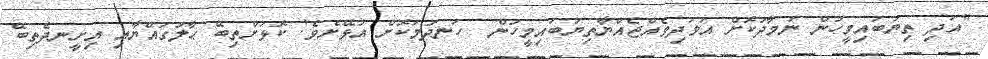
"އަދި ތިޔަބައިމީހުން ނަމާދުކޮށް އަވަދިވެއްޖެއްޔާތިޔަބައިމީހުން  ހަނދުމަކޮށް އުޅޭށެވެ! ކޮޅަށްތިބޭ ޙާލުގައްޔާއި އިށީނދެތިބޭ